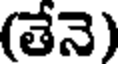
(తేనె)